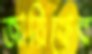
জায়িফের